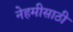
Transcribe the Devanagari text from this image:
नेहमीसाठी